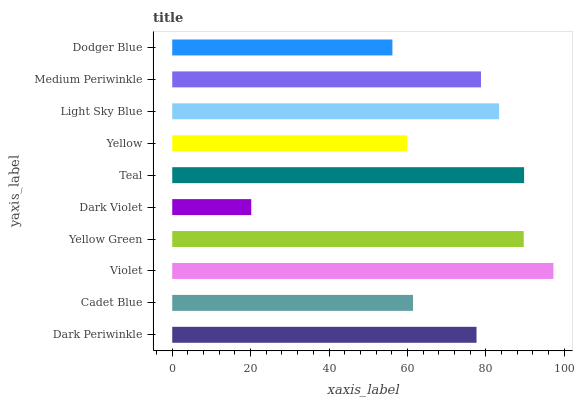
| yaxis_label | bars |
 | --- | --- |
 | Dark Periwinkle | 77.6 |
 | Cadet Blue | 61.4 |
 | Violet | 97.3 |
 | Yellow Green | 89.7 |
 | Dark Violet | 20.2 |
 | Teal | 89.8 |
 | Yellow | 59.9 |
 | Light Sky Blue | 83.4 |
 | Medium Periwinkle | 78.8 |
 | Dodger Blue | 56.2 |